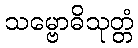
သမ္ဗောဓိသုတ္တံ